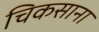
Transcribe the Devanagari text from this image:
चिकसाना